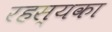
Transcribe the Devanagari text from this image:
रहस्यका